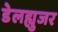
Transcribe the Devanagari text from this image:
डेलह्युजर